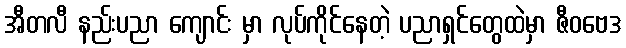
အီတလီ နည်းပညာ ကျောင်း မှာ လုပ်ကိုင်နေတဲ့ ပညာရှင်တွေထဲမှာ ဇီဝဗေဒ